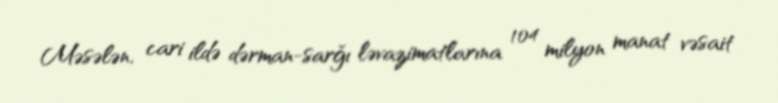
Məsələn, cari ildə dərman-sarğı ləvazimatlarına 104 milyon manat vəsait